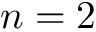
n = 2